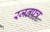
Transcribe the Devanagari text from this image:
रजतपत्र